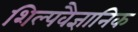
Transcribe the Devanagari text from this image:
शिल्पवैज्ञानिक